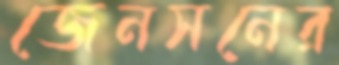
জেনসনের